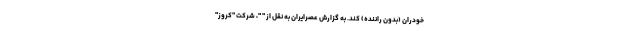
خودران (بدون راننده) کند. به گزارش عصرایران به نقل از " "، شرکت "کروز"